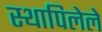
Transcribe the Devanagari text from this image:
स्थापिलेले